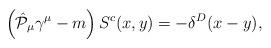
LaTeX: \begin{align*} \left( \hat{{\cal P}}_\mu \gamma ^\mu - m\right)S^{c}(x,y)=-\delta^D(x-y),\end{align*}